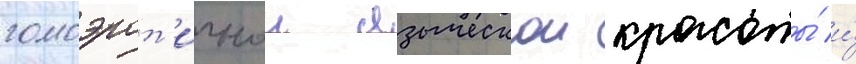
гомоэрот'ичнои языческои красоты́ и́